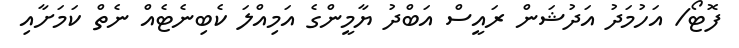
ފޮޓޯ/ އަހުމަދު އަދުޝަން ރައީސް އަބްދު ޔާމީންގެ އަމިއްލަ ކެބިނެޓެއް ނެތް ކަމަށާއި